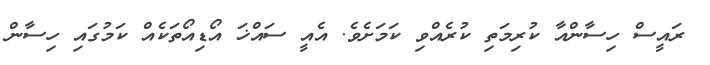
ރައީސް ހިސާންއާ ކުރިމަތި ކުރެއްވި ކަމަށެވެ. އެއީ ސައްޚަ އޯޑިއޯތަކެއް ކަމުގައި ހިސާން